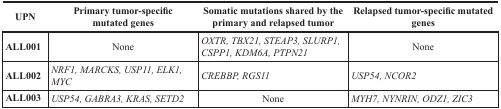
<table><thead><tr><td><b>UPN</b></td><td><b>Primary tumor-specific mutated genes</b></td><td><b>Somatic mutations shared by the primary and relapsed tumor</b></td><td><b>Relapsed tumor-specific mutated genes</b></td></tr></thead><tbody><tr><td><b>ALL001</b></td><td>None</td><td><i>OXTR, TBX21, STEAP3, SLURP1, CSPP1, KDM6A, PTPN21</i></td><td>None</td></tr><tr><td><b>ALL002</b></td><td><i>NRF1, MARCKS, USP11, ELK1, MYC</i></td><td><i>CREBBP, RGS11</i></td><td><i>USP54, NCOR2</i></td></tr><tr><td><b>ALL003</b></td><td><i>USP54, GABRA3, KRAS, SETD2</i></td><td>None</td><td><i>MYH7, NYNRIN, ODZ1, ZIC3</i></td></tr></tbody></table>